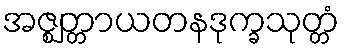
အဇ္ဈတ္တာယတနဒုက္ခသုတ္တံ